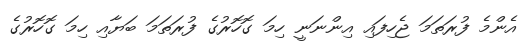
އެންމެ ފުރަތަމަ ޖެހިފައި އިންނަނީ ހިމަ ގޮހޮރުގެ ފުރަތަމަ ބަޔާއި ހިމަ ގޮހޮރުގެ